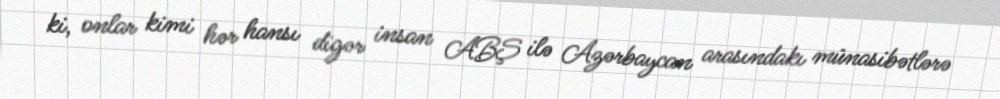
ki, onlar kimi hər hansı digər insan ABŞ ilə Azərbaycan arasındakı münasibətlərə